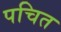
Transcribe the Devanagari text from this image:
पचित